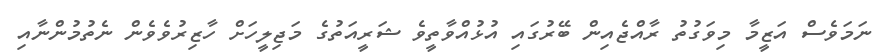
ނަމަވެސް އަޒީމާ މިވަގުތު ރާއްޖެއިން ބޭރުގައި އުޅުއްވާތީވެ ޝަރީއަތުގެ މަޖިލީހަށް ހާޒިރުވެވެން ނެތުމުންނާއި